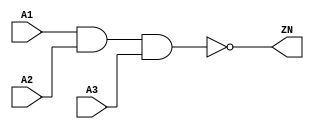
module NAND3_X4 (A1, A2, A3, ZN);
  input A1;
  input A2;
  input A3;
  output ZN;

  not(ZN, i_8);
  and(i_8, i_9, A3);
  and(i_9, A1, A2);


endmodule